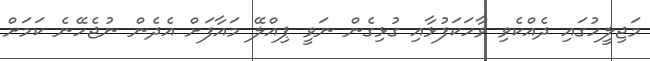
މަޖިލީހުގައި ދެއްކެވި ވާހަކަފުޅާއި ގުޅިގެން ނަވީ ޕިއްލޭ މައާފަށް އެދެން ނުޖެހޭނެ ކަމަށް